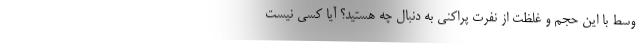
وسط با این حجم و غلظت از نفرت پراکنی به دنبال چه هستید؟ آیا کسی نیست